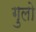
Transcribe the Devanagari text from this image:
गुलो